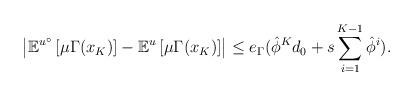
LaTeX: \begin{align*} \left|\mathbb{E}^{u^\circ}\left[\mu \Gamma(x_K) \right] - \mathbb{E}^{u}\left[\mu \Gamma(x_K) \right] \right| \leq e_\Gamma (\hat{\phi}^Kd_0+s\sum_{i=1}^{K-1}\hat{\phi}^i). \end{align*}